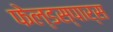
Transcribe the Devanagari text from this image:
फेल्डस्पार्स